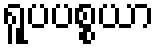
ရူပပစ္စယာ